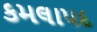
કમલાપદ